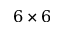
6 \times 6